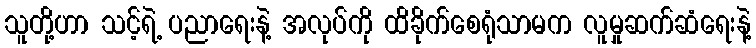
သူတို့ဟာ သင့်ရဲ့ ပညာရေးနဲ့ အလုပ်ကို ထိခိုက်စေရုံသာမက လူမှုဆက်ဆံရေးနဲ့